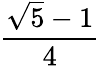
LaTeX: \frac{\sqrt{5}-1}{4}